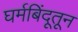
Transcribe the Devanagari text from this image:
घर्मबिंदूतून